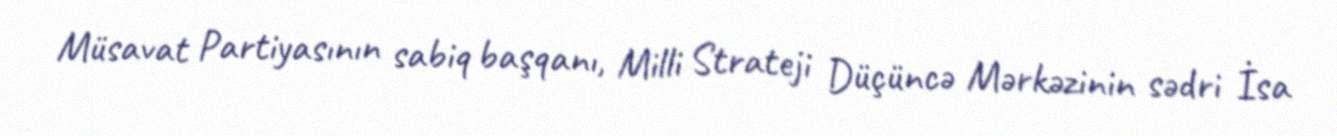
Müsavat Partiyasının sabiq başqanı, Milli Strateji Düçüncə Mərkəzinin sədri İsa